Civil Veterinary Dept. Bombay admin report 1893-99 - 1893-1899
Year: 1893
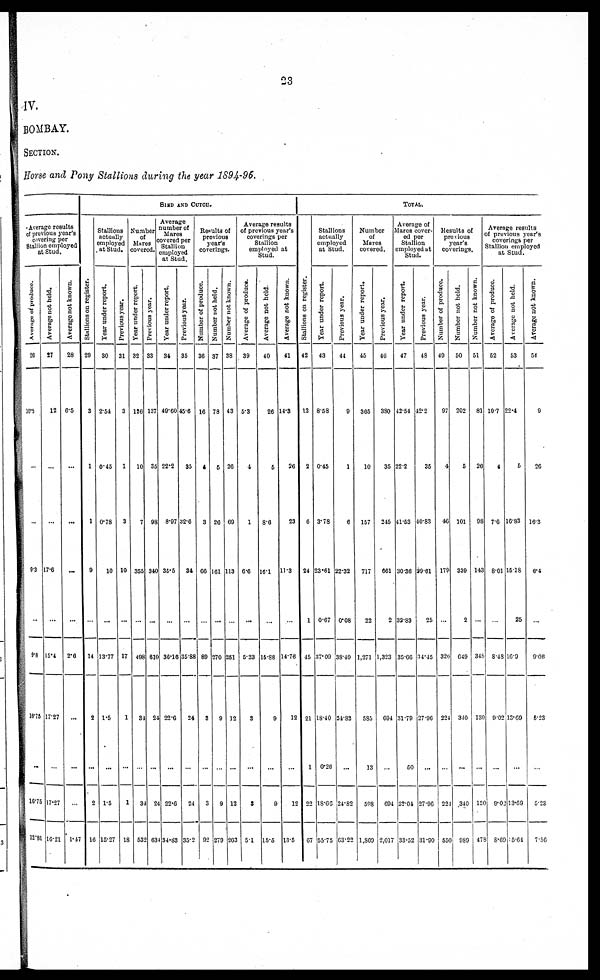
23
IV.
BOMBAY.
SECTION.
Horse and Pony Stallions during the year 1894-96.
Average results
of previous year's
covering per
Stallion employed
at Stud.
Average of produce.
26
10.5
...
...
9.3
...
9.8
16.75
...
16.75
12.81
Average not held.
27
12
...
...
17.6
...
15.4
17.27
...
17.27
16.21
Average not known.
28
6.5
...
...
...
...
2.6
...
...
...
1.47
SIND AND CUTCH.
Stallions on register.
29
3
1
1
9
...
14
2
...
2
16
Stallions
actually
employed
at Stud.
Year under report.
30
2.54
0.45
0.78
10
...
13.77
1.5
...
1.5
15.27
Previous year.
31
3
1
3
10
...
17
1
...
1
18
Number
of
Mares
covered.
Year under report.
32
126
10
7
355
...
488
31
...
34
532
Previous year.
33
137
35
98
340
...
610
24
...
24
634
Average
number of
Mares
covered per
Stallion
employed
at Stud.
Year under report.
34
49.60
22.2
8.97
36.5
...
36.16
22.6
...
22.0
34.83
Previous year.
35
45.6
35
32.6
34
...
35.88
24
...
24
35.2
Results of
previous
year's
coverings.
Number of produce.
36
16
6
3
66
...
89
3
...
3
92
Number not held.
37
78
6
26
161
...
270
9
...
9
279
Number not known.
38
43
26
69
113
...
251
12
...
12
263
Average results
of previous year's
coverings per
Stallion
employed at
Stud.
Average of produce.
39
5.3
4
1
6.6
...
5.23
3
...
3
51
Average not held.
40
26
5
8.6
16.1
...
16.88
9
...
0
15.5
Average not known.
41
14.3
26
23
11.3
...
14.76
12
...
12
13.5
TOTAL
Stallions on register.
42
12
2
6
24
1
45
21
1
22
67
Stallions
actually
employed
at Stud.
Year under report.
43
8.58
0.45
3.78
23.61
0.67
37.09
18.40
0.26
18.66
55.75
Previous year.
44
9
1
6
22.32
0.08
38.40
24.82
...
24.82
63.22
Number
of
Mares
covered.
Year under report.
45
365
10
157
717
22
1,271
585
13
598
1,869
Previous year.
46
380
35
215
661
2
1,323
694
...
694
2,017
Average of
Mares cover-
ed per
Stallion
employed at
Stud.
Year under report.
47
12.54
22.2
41.53
30.36
33.83
35.66
31.79
50
32.04
33.52
Previous year.
48
42.2
35
40.83
39.61
25
14.15
27.96
...
27.96
31.90
Results of
previous
year's
coverings.
Number of produce.
49
97
4
46
179
326
224
...
224
550
Number not held.
50
202
5
101
339
2
649
340
...
340
989
Number not known.
51
81
26
98
143
...
348
130
...
130
478
Average results
of previous year's
coverings per
Stallion employed
at Stud.
Average of produce.
52
10.7
4
7.6
801
...
8.48
9.02
...
9.0
8.69
Average not held.
63
22.4
5
16.83
15.18
25
16.9
13.69
...
13.69
5.64
Average not known.
54
9
26
16.3
6.4
...
9.06
6.23
...
5.23
7.56